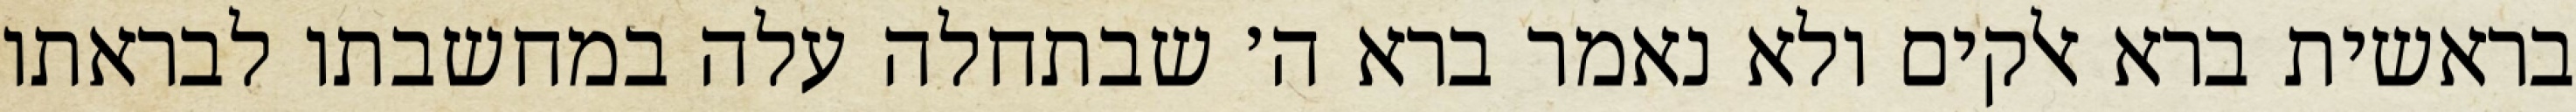
בראשית ברא אלקים ולא נאמר ברא ה׳ שבתחלה עלה במחשבתו לבראתו